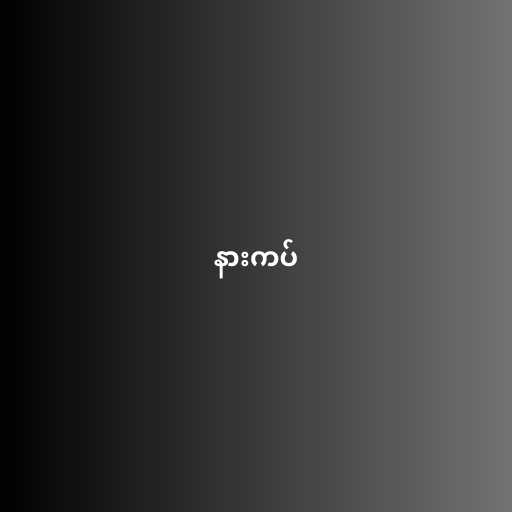
နားကပ်